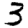
Digit: 3